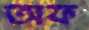
অফ